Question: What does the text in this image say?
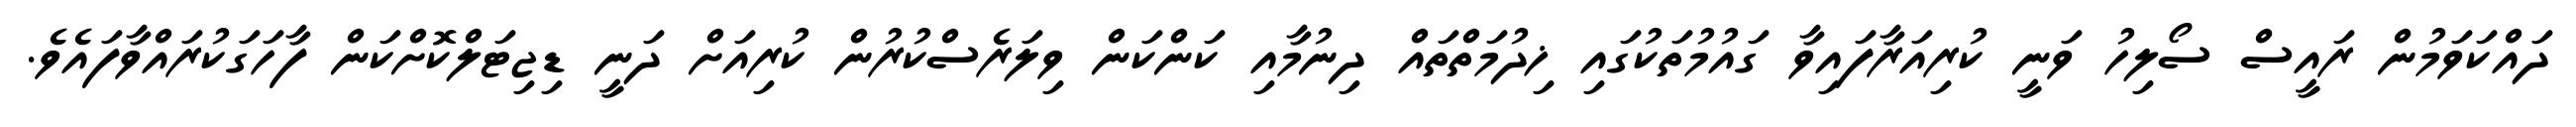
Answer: ދައްކަވަމުން ރައީސް ސޯލިހު ވަނީ ކުރިއަރާފައިވާ ގައުމުތަކުގައި ޚިދުމަތްތައް ދިނުމާއި ކަންކަން ވިލަރެސްކުރުން ކުރިއަށް ދަނީ ޑިޖިޓަލްކޮށްކަން ފާހަގަކުރައްވާފައެވެ.